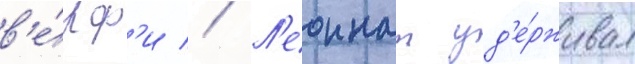
в'е́рф'и // Л'еоннат уд'е́рживал